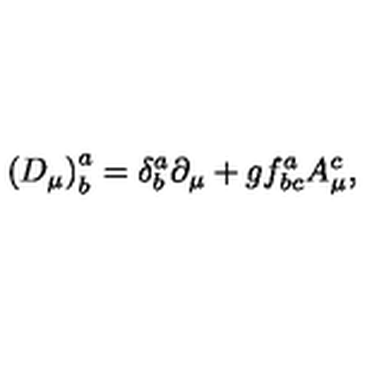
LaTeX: \left( D _ { \mu } \right) _ { b } ^ { a } = \delta _ { b } ^ { a } \partial _ { \mu } + g f _ { b c } ^ { a } A _ { \mu } ^ { c } ,